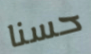
حسنا